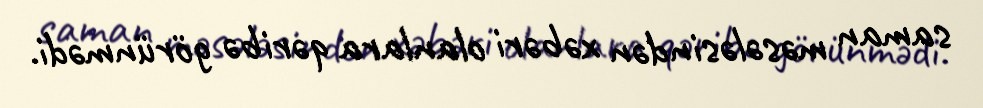
saman məsələsindən xəbəri olanlara qəribə görünmədi.